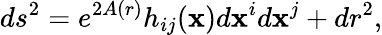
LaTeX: ds^{2}=e^{2A(r)}h_{ij}(\mathbf{x})d\mathbf{x}^{i}d\mathbf{x}^{j}+dr^{2},